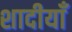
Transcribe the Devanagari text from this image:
शादीयाॅं